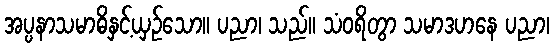
အပ္ပနာသမာဓိနှင့်ယှဉ်သော။ ပညာ၊ သည်။ သံဝရိတွာ သမာဒဟနေ ပညာ၊